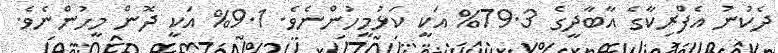
ދެކުނު އެފްރިކާގެ އާބާދީގެ 79.3% އަކީ ކަޅުމީހުންނެވެ. 9.1% އަކީ ދޮން މީހުންނެވެ.